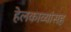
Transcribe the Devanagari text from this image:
हेलकाव्यांसह